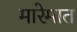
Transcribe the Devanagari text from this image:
मारेमात